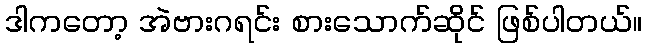
ဒါကတော့ အဲဗားဂရင်း စားသောက်ဆိုင် ဖြစ်ပါတယ်။